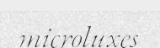
microluxes